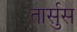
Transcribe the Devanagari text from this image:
तार्सुस